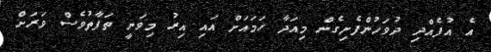
އެ އުފެއްދި ދުވަހުންފެށިގެން މިއަދާ ހަމައަށް އައި އިރު މިވަނީ ތަފާތުވެސް ވަރަށް